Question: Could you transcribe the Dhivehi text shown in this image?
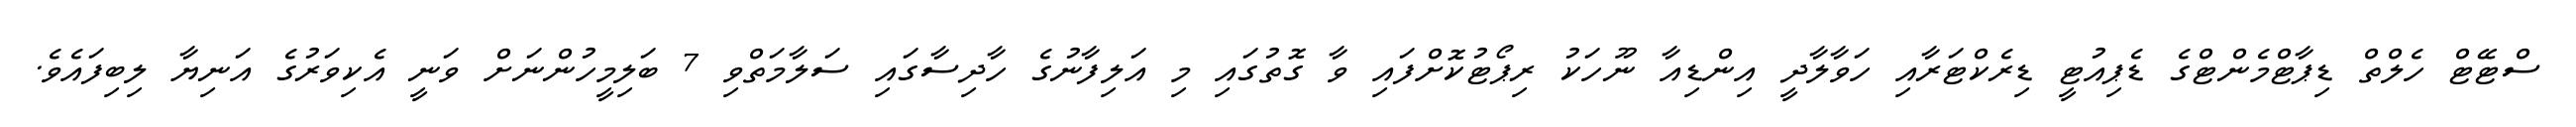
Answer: ސްޓޭޓް ހެލްތް ޑިޕާޓްމެންޓްގެ ޑެޕިއުޓީ ޑިރެކްޓަރާއި ހަވާލާދީ އިންޑިއާ ނޫހަކު ރިޕޯޓުކޮށްފައި ވާ ގޮތުގައި މި އަލިފާނުގެ ހާދިސާގައި ސަލާމަތްވި 7 ބަލިމީހުންނަށް ވަނީ އެކިވަރުގެ އަނިޔާ ލިބިފައެވެ.